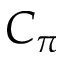
C _ { \pi }